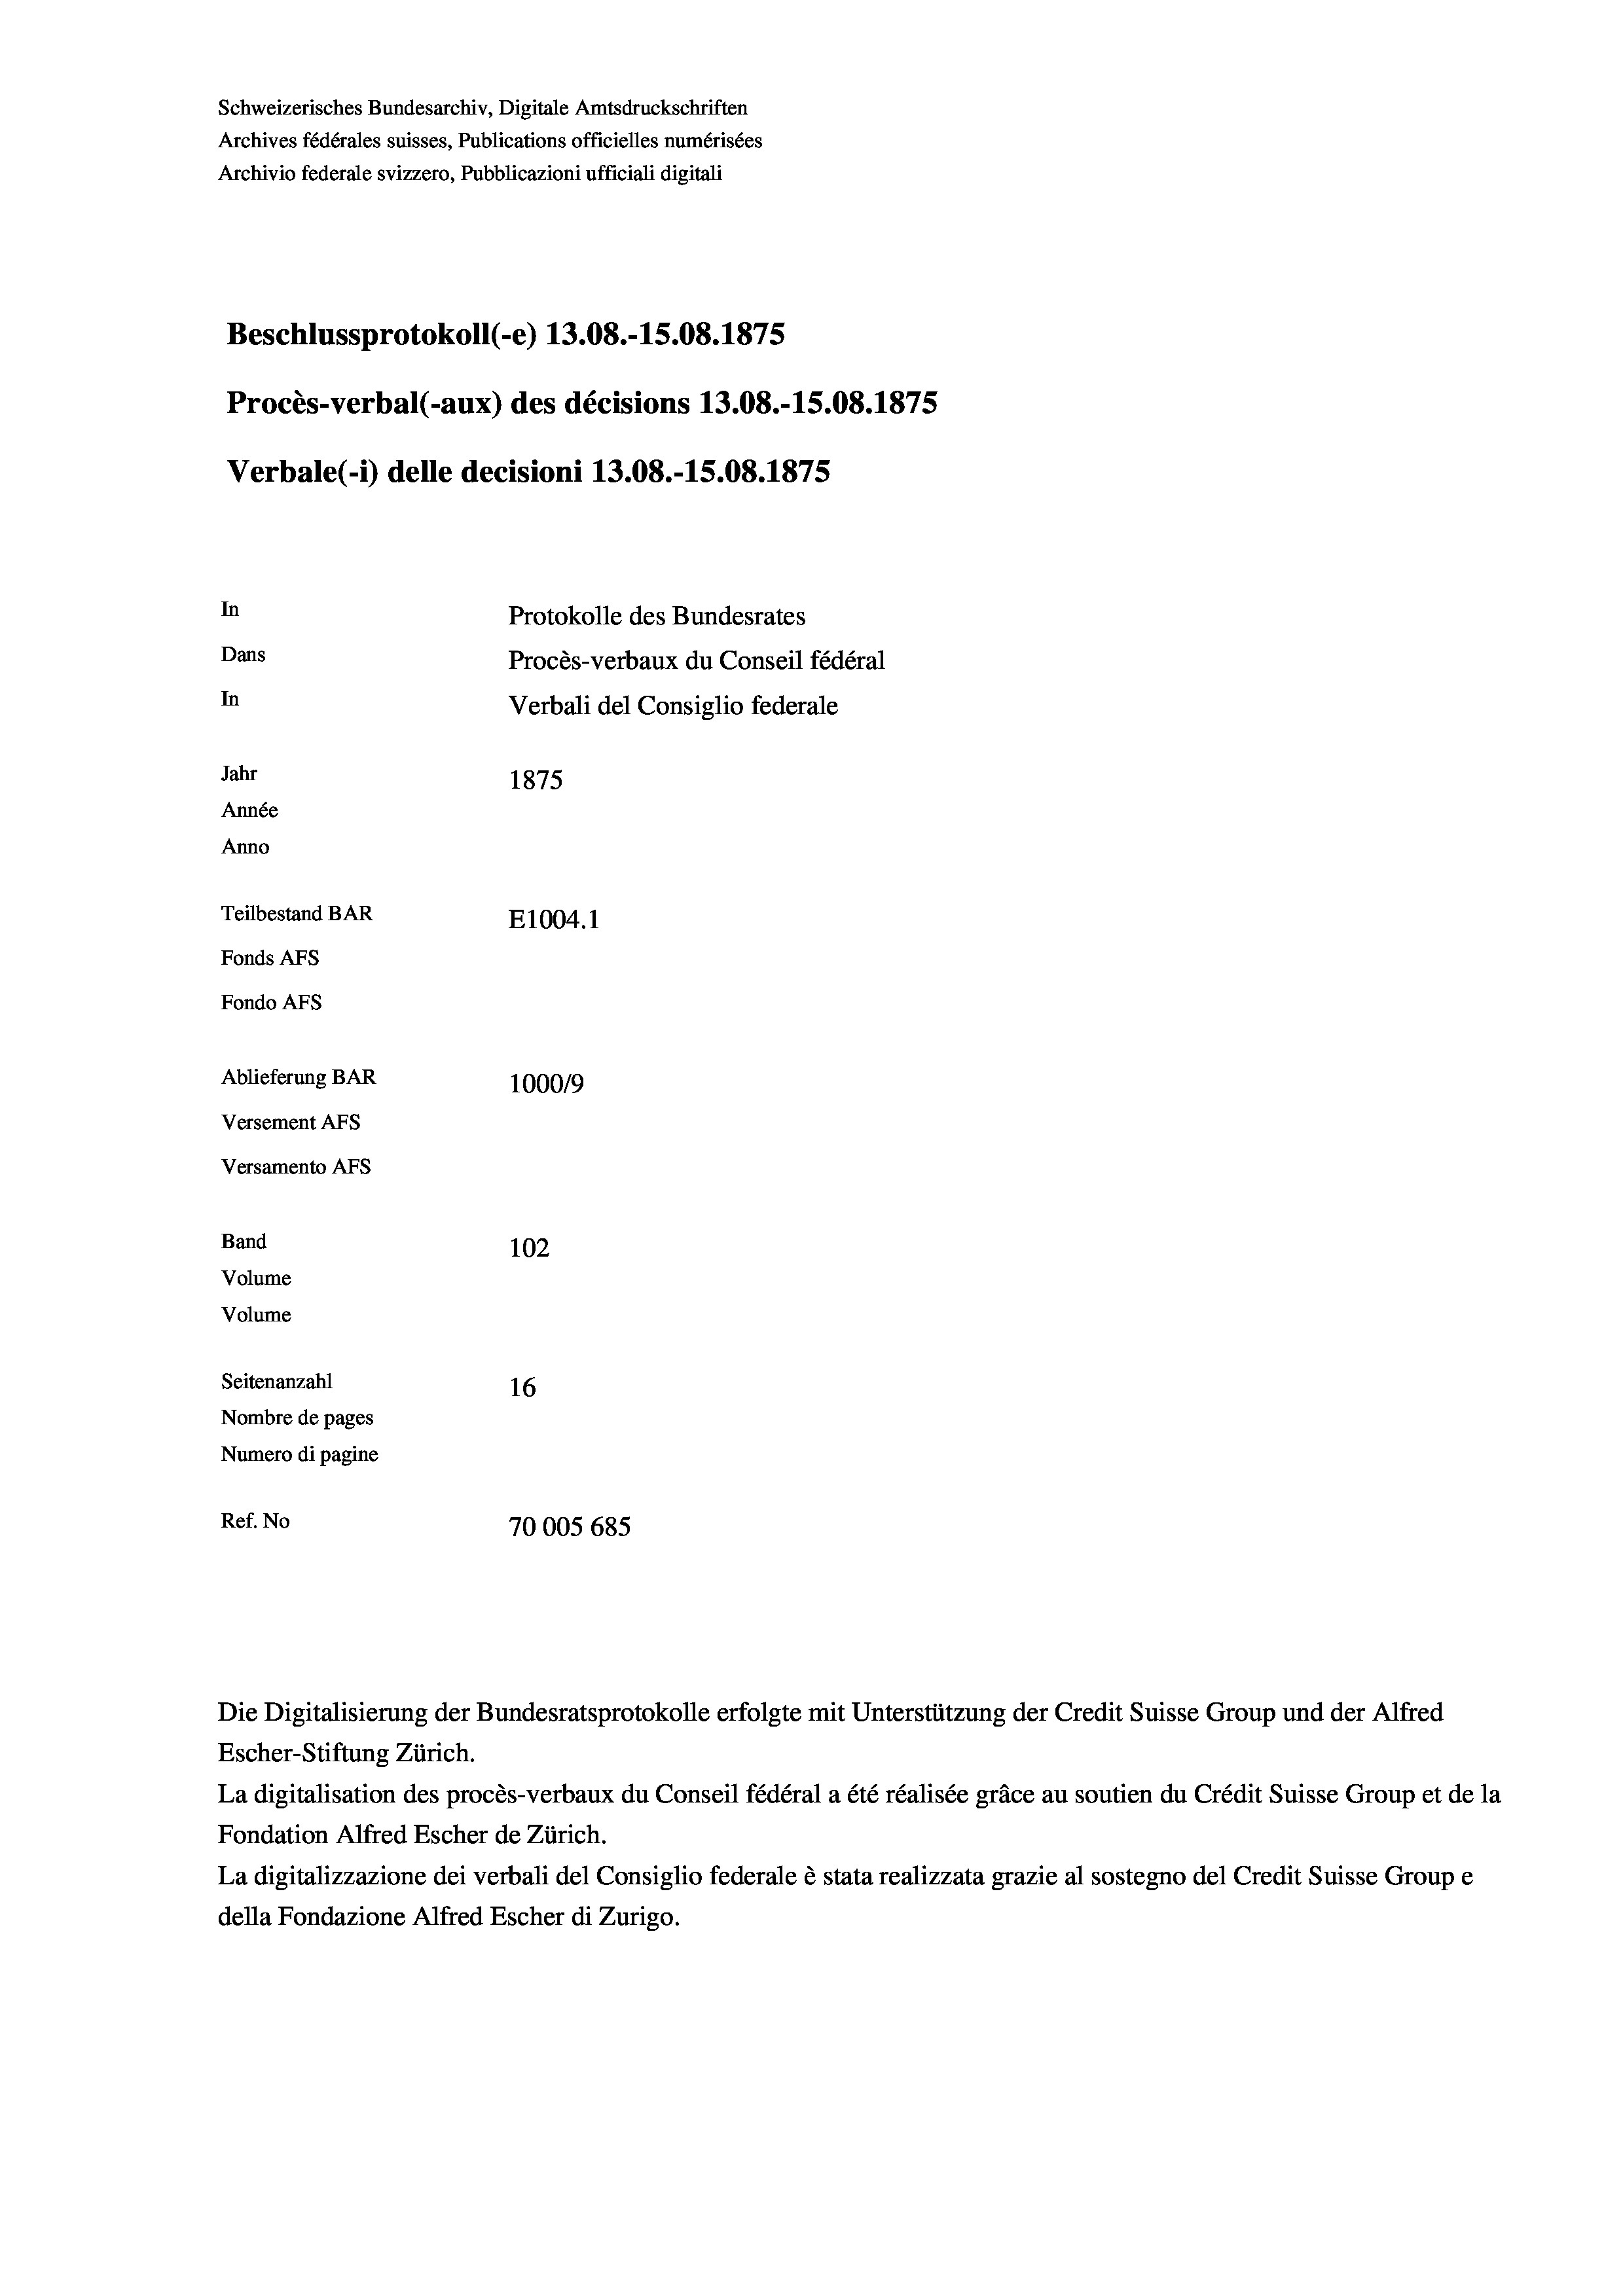
Schweizerisches Bundesarchiv, Digitale Amtsdruckschriften
Archives fédérales suisses, Publications officielles numérisées
Archivio federale svizzero, Pubblicazioni ufficiali digitali
Beschlussprotokoll (-e) 13.08.-15.08. 1875
Procès-verbal (-aux) des décisions 13.08.-15.08. 1875
Verbale(*) delle decisioni 13.08.-15.08. 1875
In
Protokolle des Bundesrates
Dans
Procès-verbaux du Conseil fédéral
In
Verbali del Consiglio federale
Jahr
1875
Année
Anno
Teilbestand BAR
E1004.1
Fonds AFs
Fondo Afs
Ablieferung BAR
100019
Versement AFs

Versamento AFS
Band
Volume
Volume

102
Seitenanzahl
16
Nombre de pages
Numero di pagine
Ref. No
70005 685

Escher-Stiftung Zürich.
La digitalisation des procès-verbaux du Conseil fédéral a été réalisée gräce au soutien du Crédit Suisse Group et de la
Fondation Alfred Escher de Zürich.
La digitalizzazione dei verbali del Consiglio federale è stata realizzata grazie al sostegno del Credit Suisse Groupe
della Fondazione Alfred Escher di Zurigo.

Die Digitalisierung der Bundesratsprotokolle erfolgte mit Unterstützung der Credit Suisse Group und der Alfred